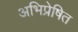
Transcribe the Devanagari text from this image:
अभिप्रेषित